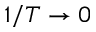
1 / T \to 0